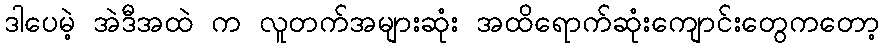
ဒါပေမဲ့ အဲဒီအထဲ က လူတက်အများဆုံး အထိရောက်ဆုံးကျောင်းတွေကတော့